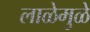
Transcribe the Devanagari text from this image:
लाळेमुळे